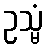
ဥသ္မံ